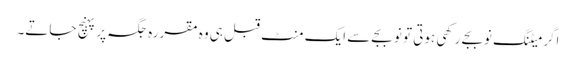
اگر میٹنگ نوبجے رکھی ہوتی تو نو بجے سے ایک منٹ قبل ہی وہ مقررہ جگہ پر پہنچ جاتے۔